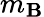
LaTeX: m_{\mathbf{B}}